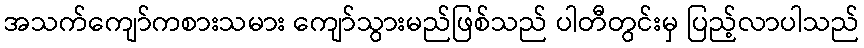
အသက်ကျော်ကစားသမား ကျော်သွားမည်ဖြစ်သည် ပါတီတွင်းမှ ပြည့်လာပါသည်